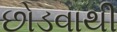
છોડવાથી